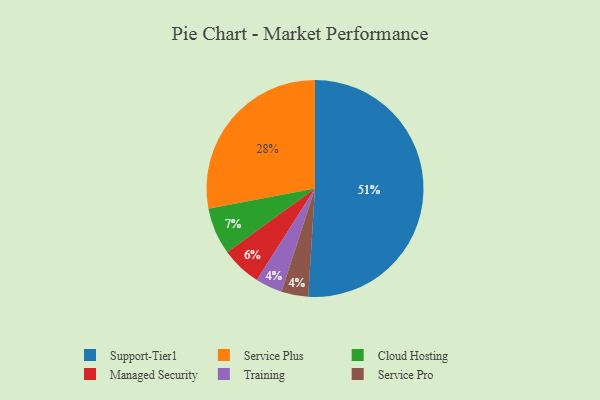
{"axis": {"x": "Category", "y": "Percentage"}, "legend": ["Cloud Hosting", "Managed Security", "Service Plus", "Service Pro", "Support-Tier1", "Training"], "data": [{"x": "Support-Tier1", "y": 51, "type": "Support-Tier1"}, {"x": "Training", "y": 4, "type": "Training"}, {"x": "Service Pro", "y": 4, "type": "Service Pro"}, {"x": "Managed Security", "y": 6, "type": "Managed Security"}, {"x": "Cloud Hosting", "y": 7, "type": "Cloud Hosting"}, {"x": "Service Plus", "y": 28, "type": "Service Plus"}]}